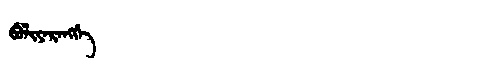
Manchu: ᠪᡠᠯᡳᠶᠠᡵᠠᠩᡤᡝ
Romanization: BULIYARANGGE